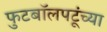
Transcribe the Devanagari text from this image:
फुटबॉलपटूंच्या